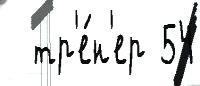
  тр'е́н'ер 54